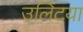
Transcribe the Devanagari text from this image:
उलिटया